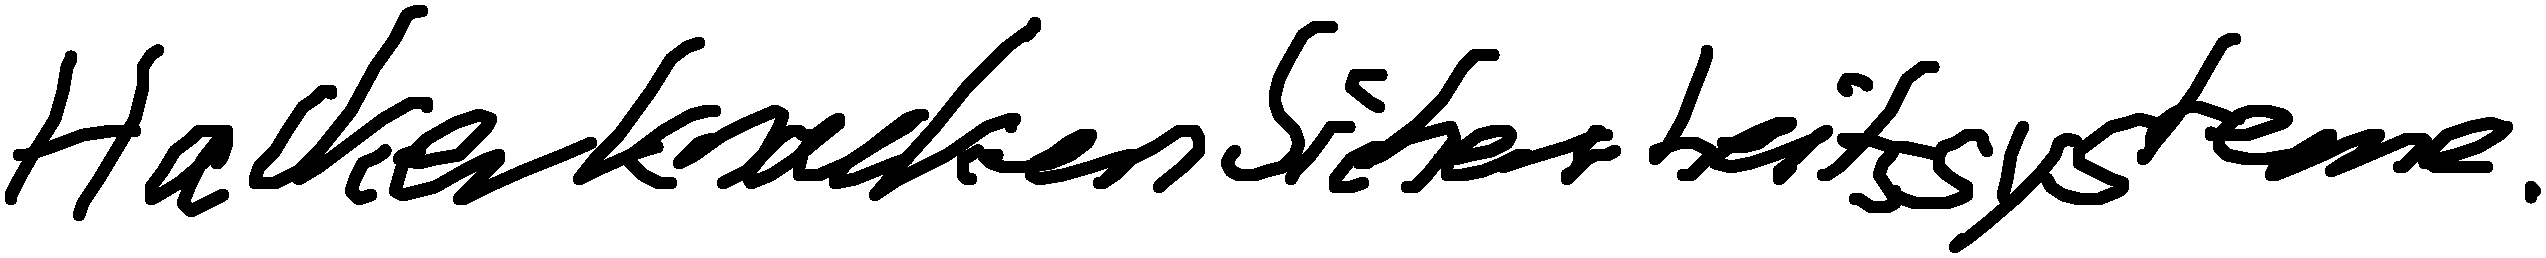
Hacker knacken Sicherheitssysteme.